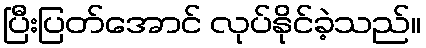
ပြီးပြတ်အောင် လုပ်နိုင်ခဲ့သည်။